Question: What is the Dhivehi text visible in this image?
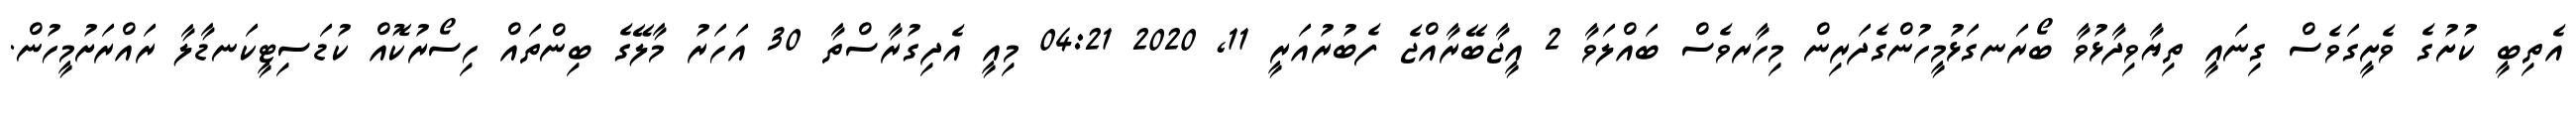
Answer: އެތިބީ ކުށުގެ ވެށީގަވެސް ގިނައީ ތިޔާވިދާޅުވާ ބޯރަނގަޅުމީހުންގެދަރިން މިހާރވެސް ބައްލަވާ 2 އީޖާބޭރާއްޖެ ފެބުރުއަރީ 11, 2020 04:21 މިއީ އެދިގުރާސްތާ 30 އަހަރު މާލޭގެ ބިންތައް ހިސޯރުކޮއް ކުޑަސިޓީކަނޑާލާ ރައްރަށުމީހުން.